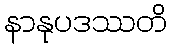
နာနုပဒဿတိ